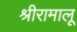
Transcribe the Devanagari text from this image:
श्रीरामालू